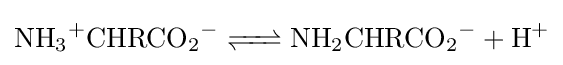
{\ce {NH3+CHRCO2- <=> NH2CHRCO2- + H+}}